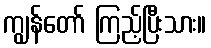
ကျွန်တော် ကြည့်ပြီးသား။